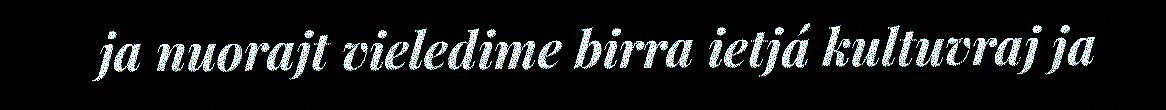
ja nuorajt vieledime birra ietjá kultuvraj ja